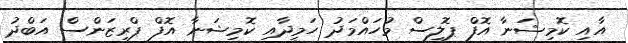
އާއި ކޮމިޝަނާ އޮފް ޕޮލިސް މުހައްމަދު ހަމީދާއި ކޮމިޝަނާ އޮފް ޕްރިޒަންސް އަބްދު